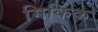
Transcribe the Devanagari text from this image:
मिकिक